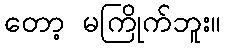
တော့ မကြိုက်ဘူး။